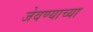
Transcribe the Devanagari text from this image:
जेवण्याच्या